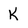
Character: K